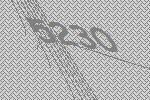
5230